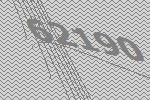
62190